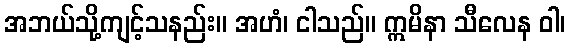
အဘယ်သို့ကျင့်သနည်း။ အဟံ၊ ငါသည်။ ဣမိနာ သီလေန ဝါ၊